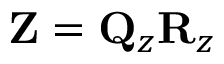
{ \bf Z } = { \bf Q } _ { z } { \bf R } _ { z }